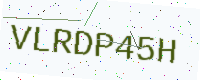
Text: VLRDP45H